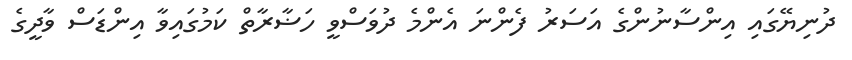
ދުނިޔޭގައި އިންސާނުންގެ އަސަރު ފެންނަ އެންމެ ދުވަސްވީ ހަޟާރާތް ކަމުގައިވާ އިންޑަސް ވާދީގެ